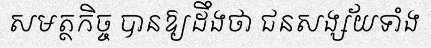
សមត្ថកិច្ច បានឱ្យដឹងថា ជនសង្ស័យទាំង